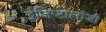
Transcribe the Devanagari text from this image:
ईजिप्टोलॉजी